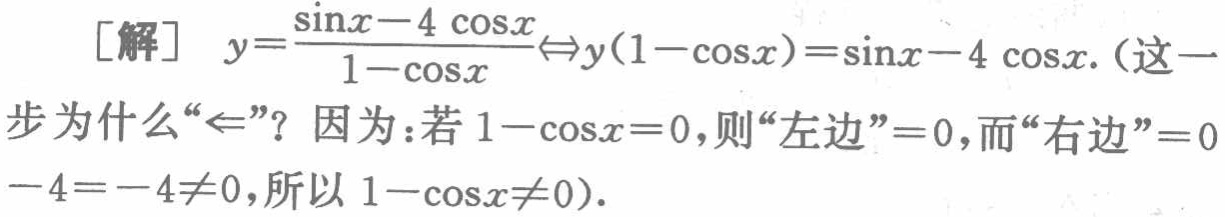
[解] \(y = \frac{\sin x - 4\cos x}{1 - \cos x} \Leftrightarrow y(1 - \cos x)=\sin x - 4\cos x\).（这一步为什么“\(\Leftarrow\)”？因为：若\(1 - \cos x = 0\)，则“左边”\( = 0\)，而“右边”\(=0 - 4 = - 4\neq0\)，所以\(1 - \cos x\neq0\)）.